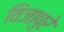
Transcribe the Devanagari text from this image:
विजापुरे